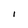
Character: I